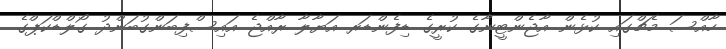
ހާއްސަ މެޗްގައި ކުޅެން އާޖެންޓީނާގެ ކުރީގެ ޑިފެންޑަރ އަޔާލާ ރާއްޖެ އައިސްފިބަންގުބަންދު ގޯލްޑްކަޕްގެ